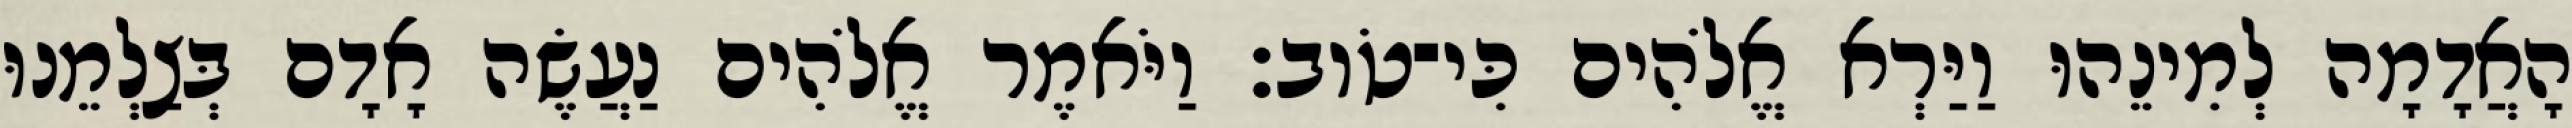
הָאֲדָמָה לְמִינֵהוּ וַיַּרְא אֱלֹהִים כִּי־טֹוב׃ וַיֹּאמֶר אֱלֹהִים נַעֲשֶׂה אָדָם בְּצַלְמֵנוּ